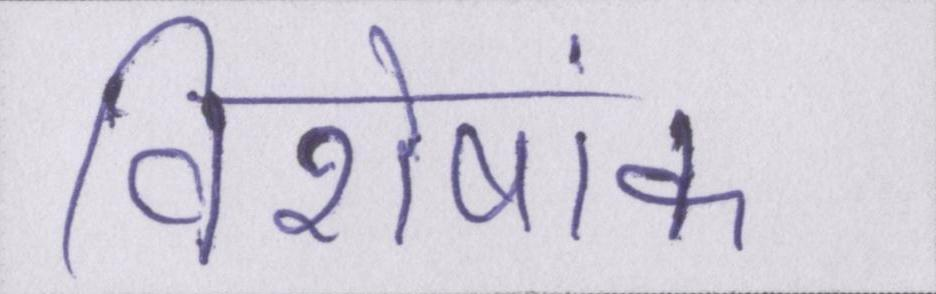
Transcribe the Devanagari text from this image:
विशेषांक